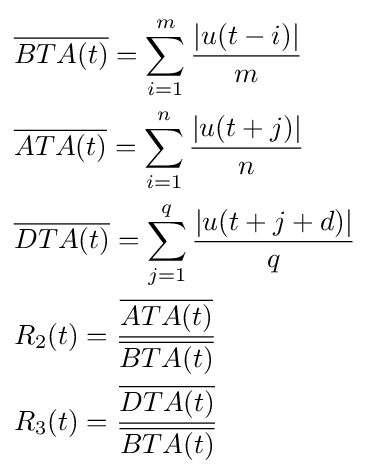
{\begin{aligned}&{\overline {BTA(t)}}=\sum _{i=1}^{m}{\frac {|u(t-i)|}{m}}\\&{\overline {ATA(t)}}=\sum _{i=1}^{n}{\frac {|u(t+j)|}{n}}\\&{\overline {DTA(t)}}=\sum _{j=1}^{q}{\frac {|u(t+j+d)|}{q}}\\&R_{2}(t)={\frac {\overline {ATA(t)}}{\overline {BTA(t)}}}\\&R_{3}(t)={\frac {\overline {DTA(t)}}{\overline {BTA(t)}}}\\\end{aligned}}